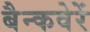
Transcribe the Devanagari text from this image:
बैन्कवेरें